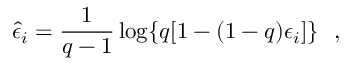
\hat { \epsilon } _ { i } = \frac { 1 } { q - 1 } \log \{ q [ 1 - ( 1 - q ) \epsilon _ { i } ] \} \ \ ,